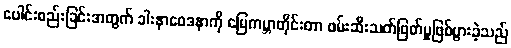
ပေါင်းစည်းခြင်းအတွက် ခါးနာဝေဒနာကို မြေကမ္ဘာတိုင်းတာ ဖမ်းဆီးသတ်ဖြတ်မှုဖြစ်ပွားခဲ့သည်